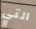
التي